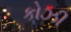
કોઝી